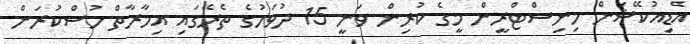
އެޑިއުކޭޝަން މިނިސްޓްރީން މީގެ ކުރިން ވަނީ 15 ދުވަހުގެ ތެރޭގައި އިމާރާތް ހުސްކުރަން